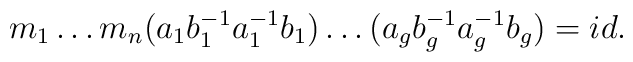
m_{1}\ldots m_{n} (a_{1}b_{1}^{-1}a_{1}^{-1}b_{1})\ldots(a_{g}b_{g}^{-1}a_{g}^{-1}b_{g}) = id.